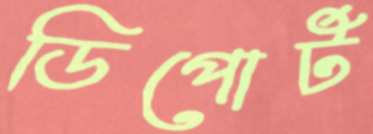
ডিপোর্ট